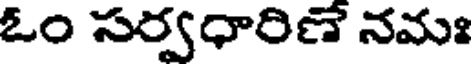
ఓం సర్వధారిణే నమః